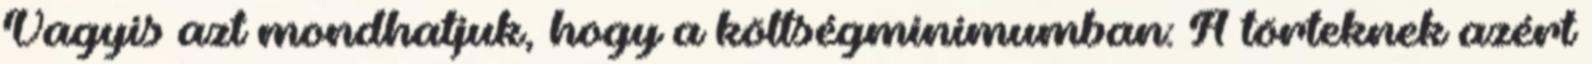
Vagyis azt mondhatjuk, hogy a költségminimumban: A törteknek azért